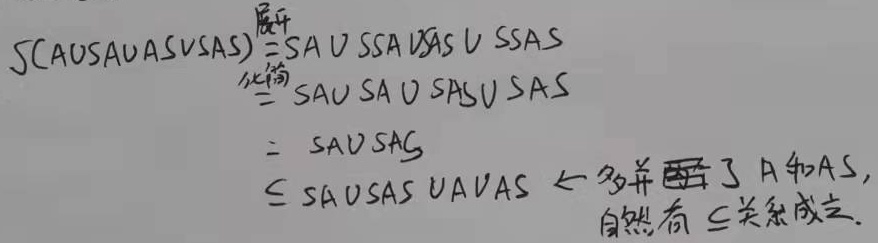
\[\begin{align*}
S(A\cup SA\cup AS\cup SAS)&\overset{\text{展开}}{=}SA\cup SSA\cup S AS\cup SSAS\\
&\overset{\text{化简}}{=}SA\cup SA\cup SAS\cup SAS\\
&=SA\cup SAS\\
&\subseteq SA\cup SAS\cup A\cup AS\quad \text{（多并了 }A\text{ 和 }AS\text{，自然有 }\subseteq\text{ 关系成立）}
\end{align*}\]